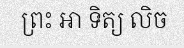
ព្រះ ឤ ទិត្យ លិច